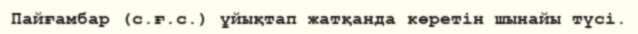
Пайғамбар (с.ғ.с.) ұйықтап жатқанда көретін шынайы түсі.